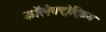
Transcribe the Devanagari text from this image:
कॉलेक्ट्रोट्रिकम